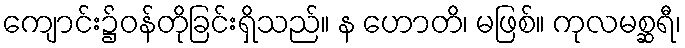
ကျောင်း၌ဝန်တိုခြင်းရှိသည်။ န ဟောတိ၊ မဖြစ်။ ကုလမစ္ဆရီ၊